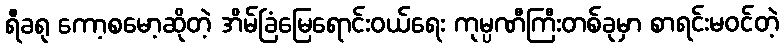
ရီခရု ကော့စမော့ဆိုတဲ့ အိမ်ခြံမြေရောင်းဝယ်ရေး ကုမ္ပဏီကြီးတစ်ခုမှာ စာရင်းမဝင်တဲ့